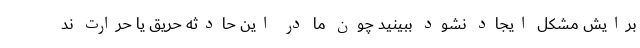
برایش مشکل ایجاد نشود ببینید چون ما در این حادثه حریق یا حرارت ند